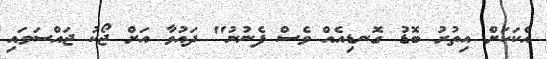
އެކަކަށް އިތުރު ބޮޑު ގޮނޑިއެއް ވެސް ފެނުނު" ދައުވާ އަށް ޖޯކު ޖައްސަވައި